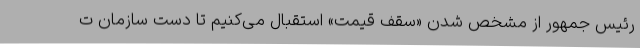
رئیس جمهور از مشخص شدن «سقف قیمت» استقبال می‌کنیم تا دست سازمان ت